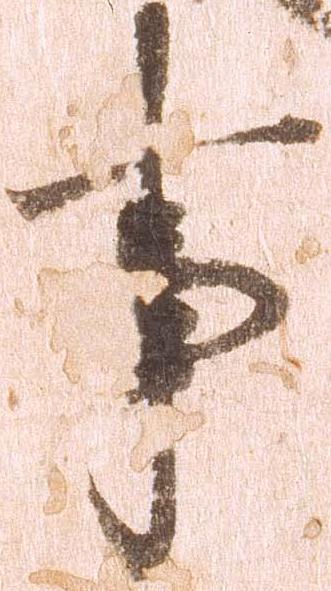
事